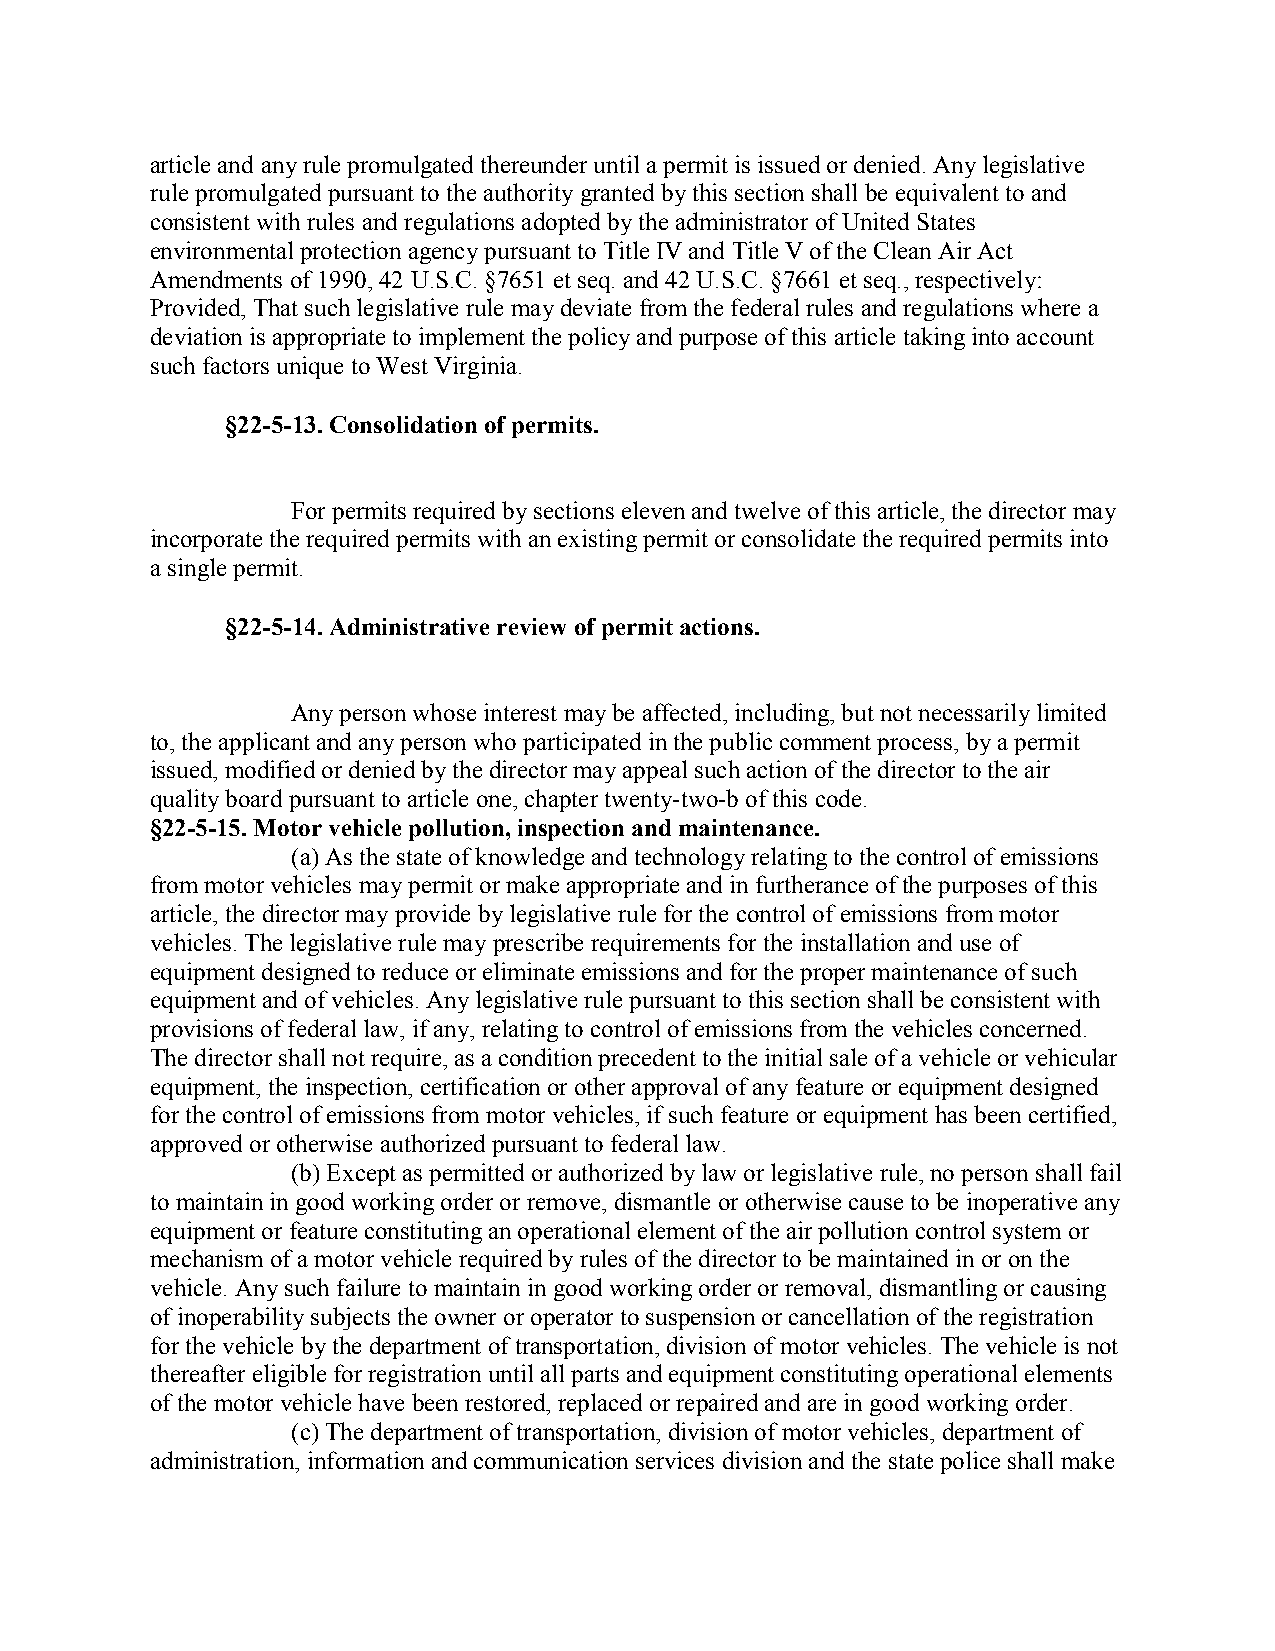
article and any rule promulgated thereunder until a permit is issued or denied. Any legislative
 rule promulgated pursuant to the authority granted by this section shall be equivalent to and
 consistent with rules and regulations adopted by the administrator of United States
 environmental protection agency pursuant to Title IV and Title V of the Clean Air Act
 Amendments of 1990, 42 U.S.C. §7651 et seq. and 42 U.S.C. §7661 et seq., respectively:
 Provided, That such legislative rule may deviate from the federal rules and regulations where a
 deviation is appropriate to implement the policy and purpose of this article taking into account
 such factors unique to West Virginia.
 §22-5-13. Consolidation of permits.
 For permits required by sections eleven and twelve of this article, the director may
 incorporate the required permits with an existing permit or consolidate the required permits into
 a single permit.
 §22-5-14. Administrative review of permit actions.
 Any person whose interest may be affected, including, but not necessarily limited
 to, the applicant and any person who participated in the public comment process, by a permit
 issued, modified or denied by the director may appeal such action of the director to the air
 quality board pursuant to article one, chapter twenty-two-b of this code.
 §22-5-15. Motor vehicle pollution, inspection and maintenance.
 (a) As the state of knowledge and technology relating to the control of emissions
 from motor vehicles may permit or make appropriate and in furtherance of the purposes of this
 article, the director may provide by legislative rule for the control of emissions from motor
 vehicles. The legislative rule may prescribe requirements for the installation and use of
 equipment designed to reduce or eliminate emissions and for the proper maintenance of such
 equipment and of vehicles. Any legislative rule pursuant to this section shall be consistent with
 provisions of federal law, if any, relating to control of emissions from the vehicles concerned.
 The director shall not require, as a condition precedent to the initial sale of a vehicle or vehicular
 equipment, the inspection, certification or other approval of any feature or equipment designed
 for the control of emissions from motor vehicles, if such feature or equipment has been certified,
 approved or otherwise authorized pursuant to federal law.
 (b) Except as permitted or authorized by law or legislative rule, no person shall fail
 to maintain in good working order or remove, dismantle or otherwise cause to be inoperative any
 equipment or feature constituting an operational element of the air pollution control system or
 mechanism of a motor vehicle required by rules of the director to be maintained in or on the
 vehicle. Any such failure to maintain in good working order or removal, dismantling or causing
 of inoperability subjects the owner or operator to suspension or cancellation of the registration
 for the vehicle by the department of transportation, division of motor vehicles. The vehicle is not
 thereafter eligible for registration until all parts and equipment constituting operational elements
 of the motor vehicle have been restored, replaced or repaired and are in good working order.
 (c) The department of transportation, division of motor vehicles, department of
 administration, information and communication services division and the state police shall make